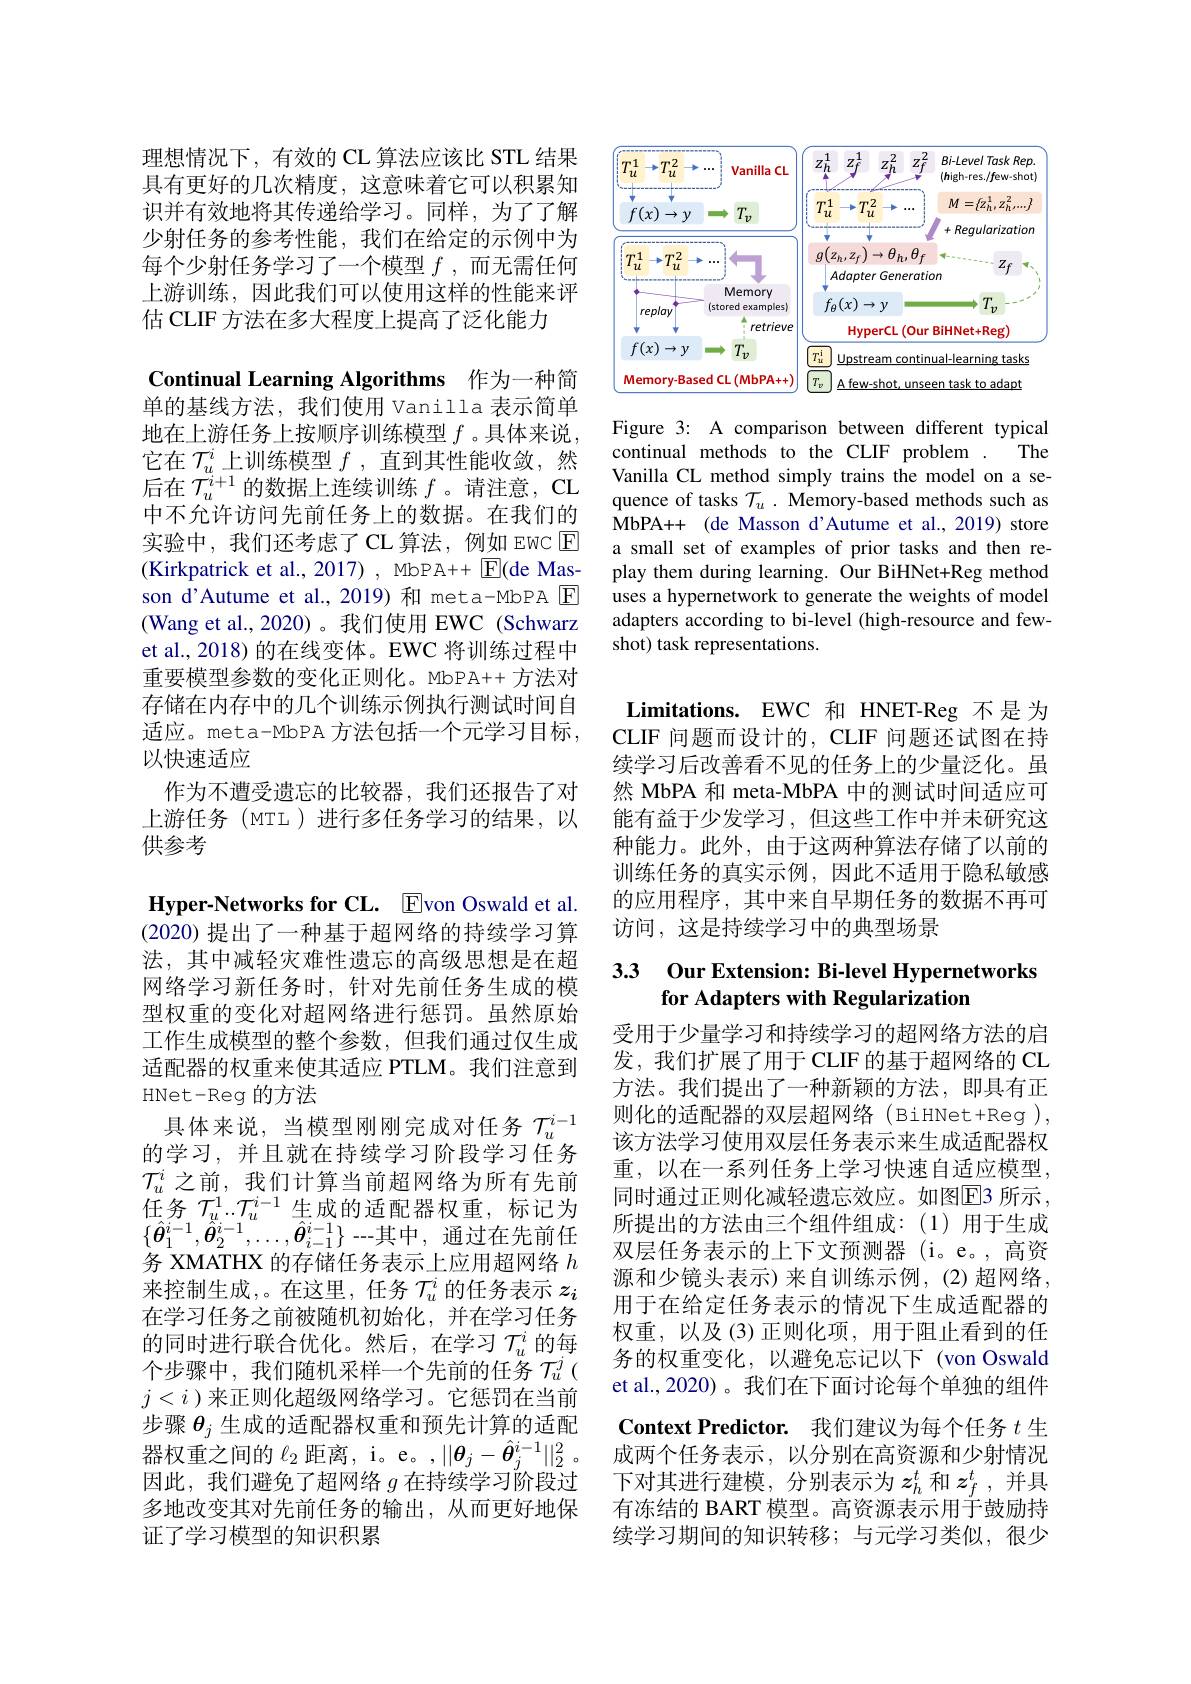
理想情况下，有效的 CL 算法应该比 STL 结果具有更好的几次精度，这意味着它可以积累知识并有效地将其传递给学习。同样，为了了解少射任务的参考性能，我们在给定的示例中为每个少射任务学习了一个模型$f$,而无需任何上游训练，因此我们可以使用这样的性能来评估 CLIF 方法在多大程度上提高了泛化能力

Continual Learning Algorithms 作为一种简单的基线方法，我们使用 Vanilla 表示简单地在上游任务上按顺序训练模型$f$ 。具体来说 , 它在$\mathcal{T}_u^i$上训练模型$f$ ,直到其性能收敛，然后在$\mathcal{T}_u^{i+1}$的数据上连续训练$f$ 。请注意，CL 中不允许访问先前任务上的数据。在我们的实验中，我们还考虑了CL 算法，例如 EWC $\boxed{\mathrm{E}}$ (Kirkpatrick et al., 2017), MbPA++ $\boxed{\mathrm{F}}($de Masson d'Autume et al.,2019) 和 meta-MbPA $\boxed{\mathrm{F}}$ (Wang et al.,2020)。我们使用 EWC (Schwarz et al., 2018) 的在线变体。EWC 将训练过程中重要模型参数的变化正则化。MbPA++ 方法对存储在内存中的几个训练示例执行测试时间自适应。meta-MbPA 方法包括一个元学习目标， 以快速适应
作为不遭受遗忘的比较器，我们还报告了对上游任务(MTL)进行多任务学习的结果，以供参考
Hyper-Networks for CL. Evon Oswald et al. (2020) 提出了一种基于超网络的持续学习算法，其中减轻灾难性遗忘的高级思想是在超网络学习新任务时，针对先前任务生成的模型权重的变化对超网络进行惩罚。虽然原始工作生成模型的整个参数，但我们通过仅生成适配器的权重来使其适应 PTLM。我们注意到HNet-Reg 的方法
具体来说，当模型刚刚完成对任务$\mathcal{T}_u^{i-1}$ 的学习，并且就在持续学习阶段学习任务$\mathcal{T}_u^i$之前，我们计算当前超网络为所有先前任务$\mathcal{T}_u^1..\mathcal{T}_u^{i-1}$生成的适配器权重，标记为$\{\hat{\boldsymbol{\theta}}_{1}^{i-1},\hat{\boldsymbol{\theta}}_{2}^{i-1},\ldots,\hat{\boldsymbol{\theta}}_{i-1}^{i-1}\}$--其中，通过在先前任务 XMATHX 的存储任务表示上应用超网络$h$ 来控制生成，。在这里，任务$\mathcal{T}_u^i$的任务表示$z_i$ 在学习任务之前被随机初始化，并在学习任务的同时进行联合优化。然后，在学习$\mathcal{T}_u^i$的每个步骤中，我们随机采样一个先前的任务$\mathcal{T}_u^j($ $j<i$ )来正则化超级网络学习。它惩罚在当前步骤$\theta_j$生成的适配器权重和预先计算的适配器权重之间的$\ell_2$距离，i。e。,$||\theta_j-\hat{\boldsymbol{\theta}}_j^{i-1}||_2^2~$。因此，我们避免了超网络$g$在持续学习阶段过多地改变其对先前任务的输出，从而更好地保

证了学习模型的知识积累

<FigureHere>

Figure 3: A comparison between different typical
continual methods to the CLIF problem
The
Vanilla CL method simply trains the model on a sequence of tasks $\mathcal{T}_u.$ Memory-based methods such as MbPA++ (de Masson d'Autume et al.,2019) store a small set of examples of prior tasks and then replay them during learning. Our BiHNet+Reg method uses a hypernetwork to generate the weights of model adapters according to bi-level (high-resource and fewshot) task representations.

Limitations. EWC 和 HNET-Reg 不是 为CLIF 问题而设计的，CLIF 问题还试图在持续学习后改善看不见的任务上的少量泛化。虽然 MbPA 和 meta-MbPA 中的测试时间适应可能有益于少发学习，但这些工作中并未研究这种能力。此外，由于这两种算法存储了以前的训练任务的真实示例，因此不适用于隐私敏感的应用程序，其中来自早期任务的数据不再可访问，这是持续学习中的典型场景

## 3.3 Our Extension: Bi-level Hypernetworks for Adapters with Regularization

受用于少量学习和持续学习的超网络方法的启发，我们扩展了用于 CLIF 的基于超网络的 CL 方法。我们提出了一种新颖的方法，即具有正则化的适配器的双层超网络(BiHNet+Reg), 该方法学习使用双层任务表示来生成适配器权重，以在一系列任务上学习快速自适应模型， 同时通过正则化减轻遗忘效应。如图$\boxed{\mathrm{E}}3$ 所示， 所提出的方法由三个组件组成：(1)用于生成双层任务表示的上下文预测器 (i。e。,高资源和少镜头表示)来自训练示例，(2)超网络， 用于在给定任务表示的情况下生成适配器的权重，以及(3)正则化项，用于阻止看到的任务的权重变化，以避免忘记以下 (von Oswald et al.,2020)。我们在下面讨论每个单独的组件Context Predictor. 我们建议为每个任务$t$生成两个任务表示，以分别在高资源和少射情况下对其进行建模，分别表示为$z_h^t$和$z_f^t$,并具有冻结的 BART 模型。高资源表示用于鼓励持续学习期间的知识转移；与元学习类似，很少